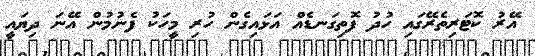
އޭރު ކޮޓަރިތެރޭގައި ހުދު ފޮތިގަނޑެއް އަޅައިގެން ހުރި މީހަކު ފެނުމުން އޭނަ ދިޔައީ